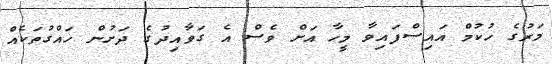
މަރުގެ ހުކުމް އައިސްފައިވާ މީހާ އަށް ވެސް އެ ގަވާއިދުގެ ދަށުން ހައްގުތަކެއް